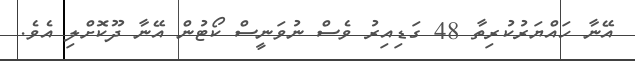
އޭނާ ހައްޔަރުކުރިތާ 48 ގަޑިއިރު ވެސް ނުވަނީސް ކޯޓުން އޭނާ ދޫކޮށްލި އެވެ.